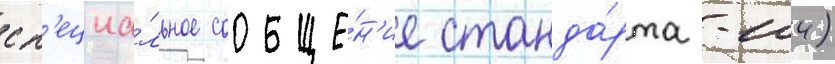
сп'ециа́льное сообще́н'ие станда́рта -104)